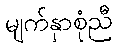
မျက်နှာစုံညီ